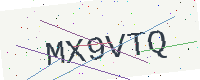
Text: MX9VTQ